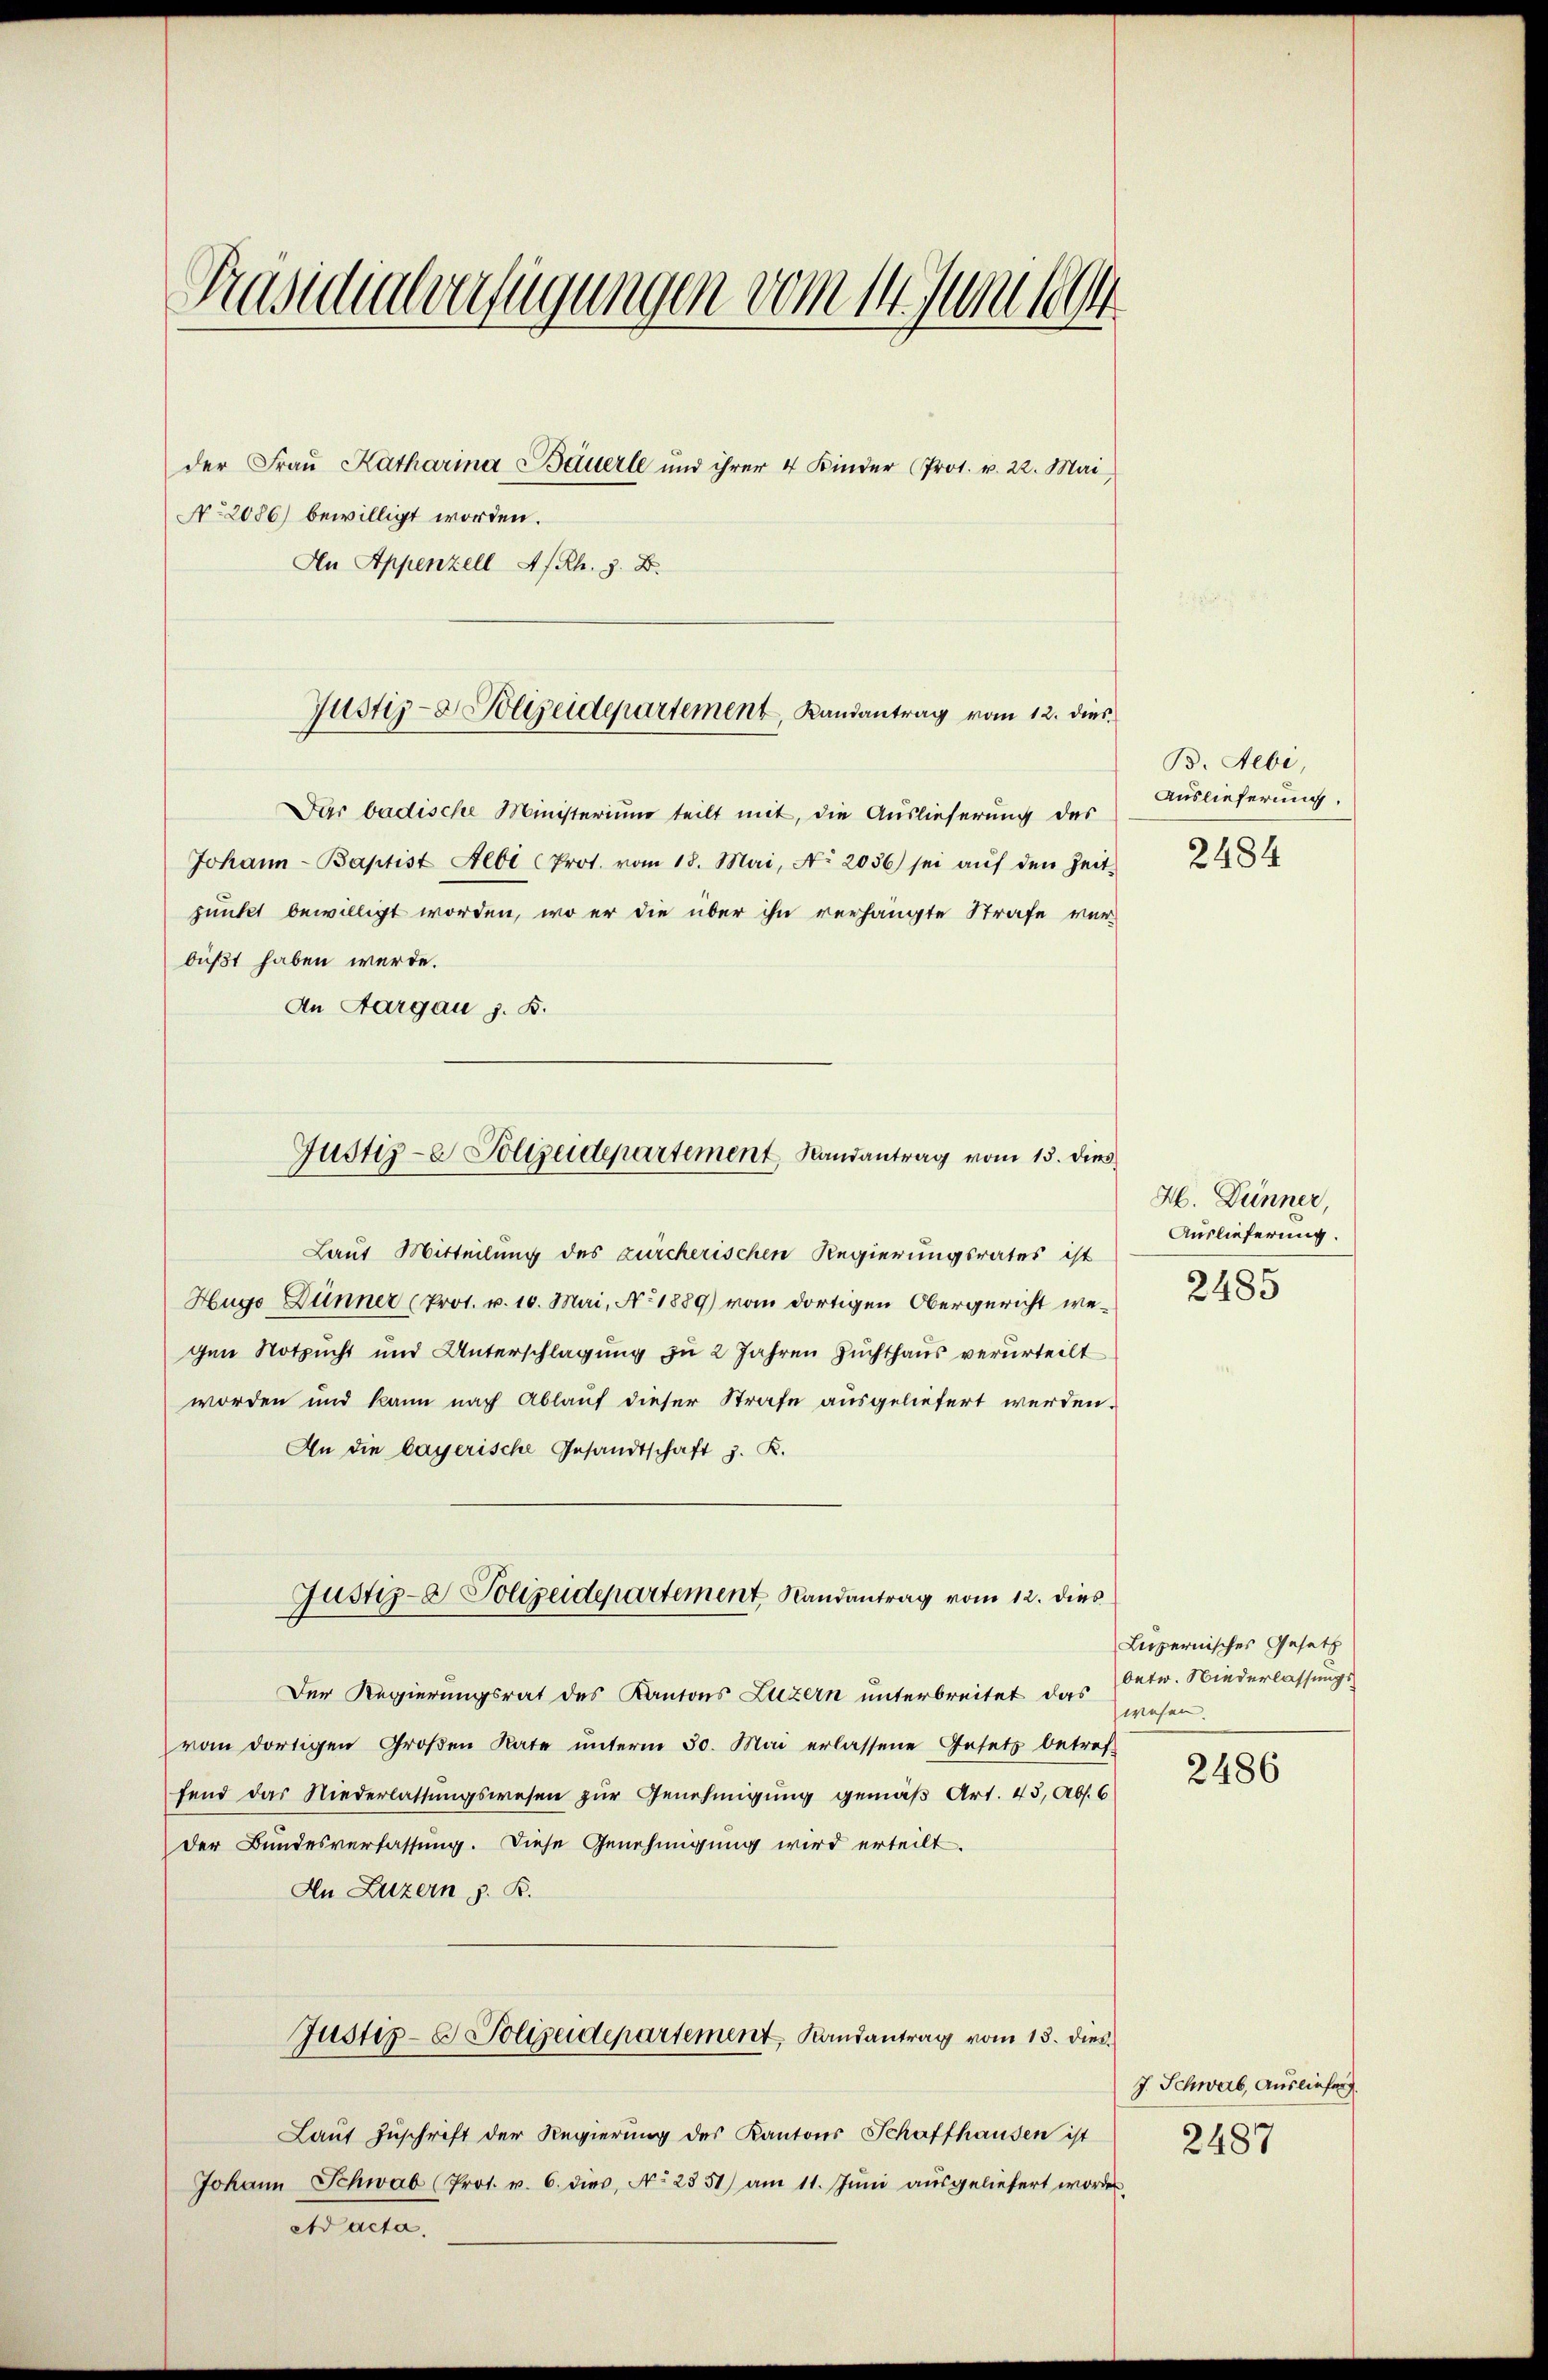
Präsidialverfügungen vom 14. Juni 1894

der Fraŭ Katharina Bauerle und ihrer 4 Kinder (Prot. v. 22. Mai
No. 2086) bewilligt worden.

Dar badische Ministerium teilt mit, die Auslieferung des
Johann - Baptist Albi (Prot. vom 18. Mai, No. 2036 sei aŭf den Zeit-
punkt bewilligt worden, wo er die über ihn verhängte Strafe ver-
büßt haben werde.
An Aargau z. B.
Laut Mitteilung des zürcherischen Regierungsrates ist
Hugo Dünner (Prot. v. 10. Mai, No. 1889) vom dortigen Obergericht wegen Notzucht und Unterschlagung zu 2 Jahren Zuchthaus verurteilt
worden und kann nach Ablauf dieser Strafe ausgeliefert werden.
An die bayerische Gesandtschaft z. K.
Justiz- & Polizeidepartement Randantrag vom 12. dies
Der Regierungsrat des Kantons Luzern unterbreitet das
vom dortigen Groβen Rate ŭnterm 30. Mai erlassene Gesetz betref-
fend das Niederlassungswesen zur Genehmigung gemäß Art. 43, Abs. 6
der Bundesverfassung. Diese Genehmigung wird erteilt.
An Luzern z. B.
Justiz- & Polizeidepartement, Randantrag vom 13. dies
Laut Zuschrift der Regierung des Kantons Schaffhausen ist
Johann Schwab (Prot. v. 6. dies, No 2851) am 11. Jŭni aŭsgeliefert worden
Ad acta,

An Appenzell A/Rh. z. B.

Justiz- & Polizeidepartement Landantrag vom 12. dies

Justiz- & Polizeidepartement Randantrag vom 15. dies

B. Aebi,
Auslieferung.
2484

H. Dünner,
Auslieferung.
2485

Lupernisches Gesetz
Oetw. Niederlassungswesen.

2486

J. Schwab, Ausliefer
2487